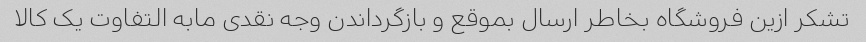
تشکر ازین فروشگاه بخاطر ارسال بموقع و بازگرداندن وجه نقدی مابه التفاوت یک کالا